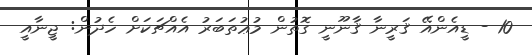
10 - ޑީއެންއޭ ޤަރީނާ ޤާނޫނީ ގޮތުން މުޢުތަބަރު އެއްޗަކަށް ހެދުން: ޖީނާއީ